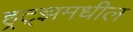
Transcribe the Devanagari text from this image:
हर्‍ट्झमधील